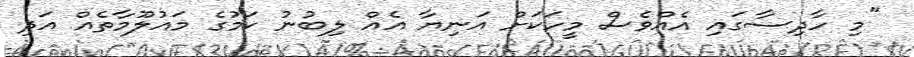
"މި ހާދިސާގައި އެއްވެސް މީހަކަށް އަނިޔާ އެއް ލިބުނު ކަމުގެ މައުލޫމާތެއް އަދި